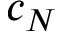
c _ { N }